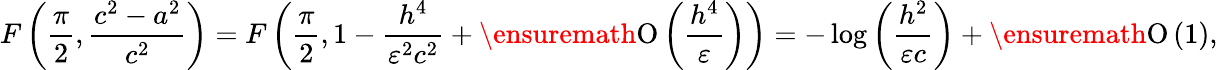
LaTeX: F\left(\frac{\pi}{2},\frac{c^{2}-a^{2}}{c^{2}}\right)=F\left(\frac{\pi}{2},1-\frac{h^{4}}{\varepsilon^{2}c^{2}}+\ensuremath{\operatorname{O}\left(\frac{h^{4}}{\varepsilon}\right)}\right)=-\log{\left(\frac{h^{2}}{\varepsilon c}\right)}+\ensuremath{\operatorname{O}\left(1\right)},